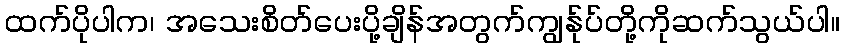
ထက်ပိုပါက၊ အသေးစိတ်ပေးပို့ချိန်အတွက်ကျွန်ုပ်တို့ကိုဆက်သွယ်ပါ။